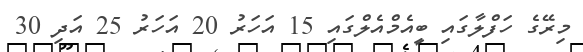
މިރޭގެ ހަފްލާގައި ބީއެމްއެލްގައި 15 އަހަރު 20 އަހަރު 25 އަދި 30